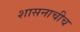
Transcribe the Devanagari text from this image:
शासनाचीच